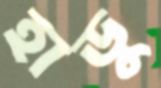
হাডু